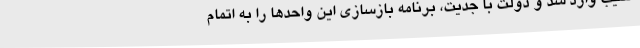
آسیب وارد شد و دولت با جدیت، برنامه بازسازی این واحدها را به اتمام